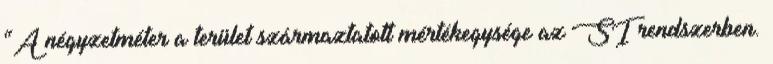
“A négyzetméter a terület származtatott mértékegysége az SI rendszerben.